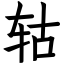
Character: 轱